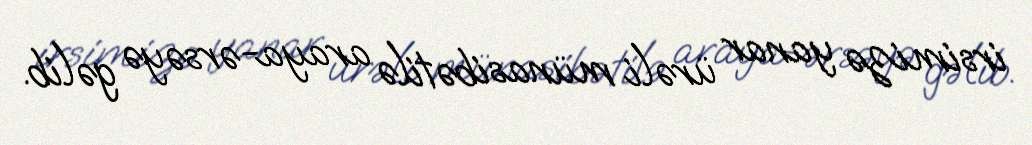
irsimizə yanar ürəli münasibətilə araya-ərsəyə gəlib.